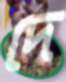
দে